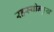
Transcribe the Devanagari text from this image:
रहस्योन्मुख